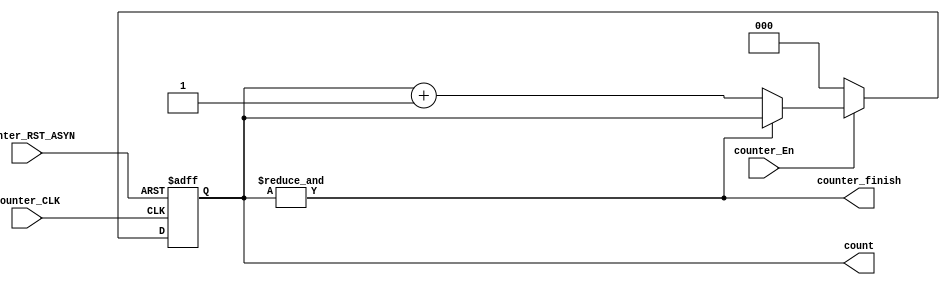
// TYPE: module
// DEPARTMENT: communication and electronics department
// AUTHOR EMAIL: mina.hannaone@gmail.com
//------------------------------------------------
// Release history
// VERSION DATE AUTHOR DESCRIPTION
// 1.0 7/7/2022 Mina Hanna final version
//------------------------------------------------
// KEYWORDS: counter, parameterized counter
//------------------------------------------------
// PURPOSE:   counter to use in the seralizer\

/////////input and outputs ports declaration////////////
module counter #(parameter CounterWIDTH = 3) (
  input    wire                         counter_RST_ASYN,
  input    wire                         counter_CLK,
  input    wire                         counter_En,
  output   wire                         counter_finish,
  output   reg    [CounterWIDTH-1:0]    count );
  
  reg    [CounterWIDTH-1:0]    count_comb;
  
  ///////////sequentional block//////////
  always@(posedge counter_CLK or negedge counter_RST_ASYN)
  begin
    if(!counter_RST_ASYN)
      count <= 'b0;
    else
      count <= count_comb;
  end
  
  ///////////combinational logic///////////
  always@(*)
  begin
    if(counter_En)
     if(!counter_finish)
       count_comb = count +3'b1;
     else
       count_comb = count;
    else
      count_comb = 'b0;
  end
  
  assign counter_finish = (&count);
endmodule